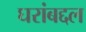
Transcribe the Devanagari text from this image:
घरांबद्दल